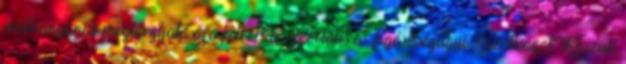
indítványának megtárgyalására felkéri a Szociális és Egészségügyi Bizottságot. Készült